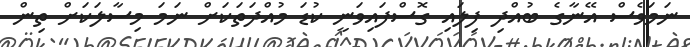
ނަމަވެސް އޭނާގެ ބުއްދި ފިލައި ގޮސްފައިވަނީ ކުޑަ މުއްދަތަކަށް ނަަމަ މިސާލަކަށް ތިން